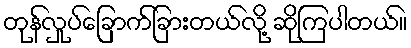
တုန်လှုပ်ခြောက်ခြားတယ်လို့ ဆိုကြပါတယ်။